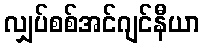
လျှပ်စစ်အင်ဂျင်နီယာ